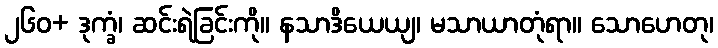
၂၆၀+ ဒုက္ခံ၊ ဆင်းရဲခြင်းကို။ နသာဒိယေယျ၊ မသာယာတုံရာ။ သောဟေတု၊